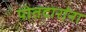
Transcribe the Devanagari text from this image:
पोतदारांना